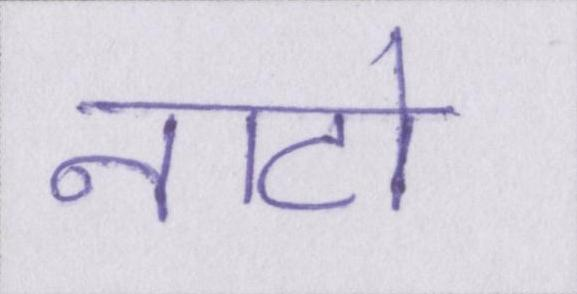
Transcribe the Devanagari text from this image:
नाटो